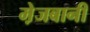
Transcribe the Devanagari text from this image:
मे़जबानी